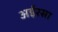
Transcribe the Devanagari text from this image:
अईरसा